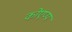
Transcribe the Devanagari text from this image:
कोएप्प